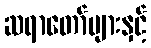
ဆရာတော်များနှင့်